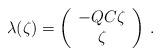
LaTeX: \begin{align*}\lambda (\zeta ) = \left( \begin{array}{c} -QC\zeta\\ \zeta \end{array} \right) \, .\end{align*}